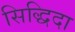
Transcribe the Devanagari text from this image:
सिद्धिदा